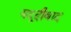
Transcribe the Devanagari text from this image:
यदूदीवाद